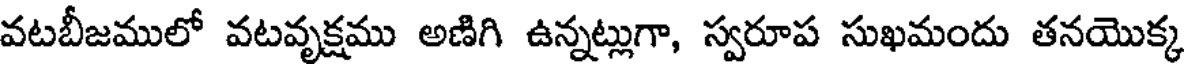
వటబీజములో వటవృక్షము అణిగి ఉన్నట్లుగా, స్వరూప సుఖమందు తనయొక్క